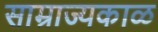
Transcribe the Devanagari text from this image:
साम्राज्यकाळ